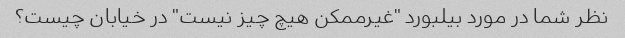
نظر شما در مورد بیلبورد "غیرممکن هیچ چیز نیست" در خیابان چیست؟